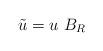
LaTeX: \begin{align*} \tilde{u}= u \ B_R\end{align*}